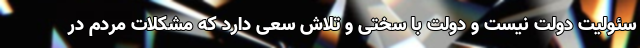
سئولیت دولت نیست و دولت با سختی و تلاش سعی دارد که مشکلات مردم در